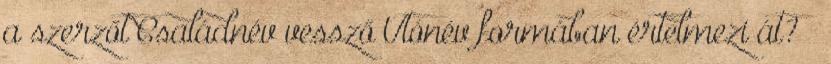
a szerzőt Családnév vessző Utónév formában értelmezi át? –